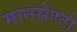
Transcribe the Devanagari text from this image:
मानसेण्टो